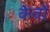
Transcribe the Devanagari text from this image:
केवों